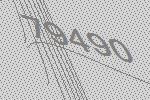
79490